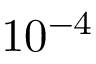
1 0 ^ { - 4 }